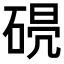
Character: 𥓣